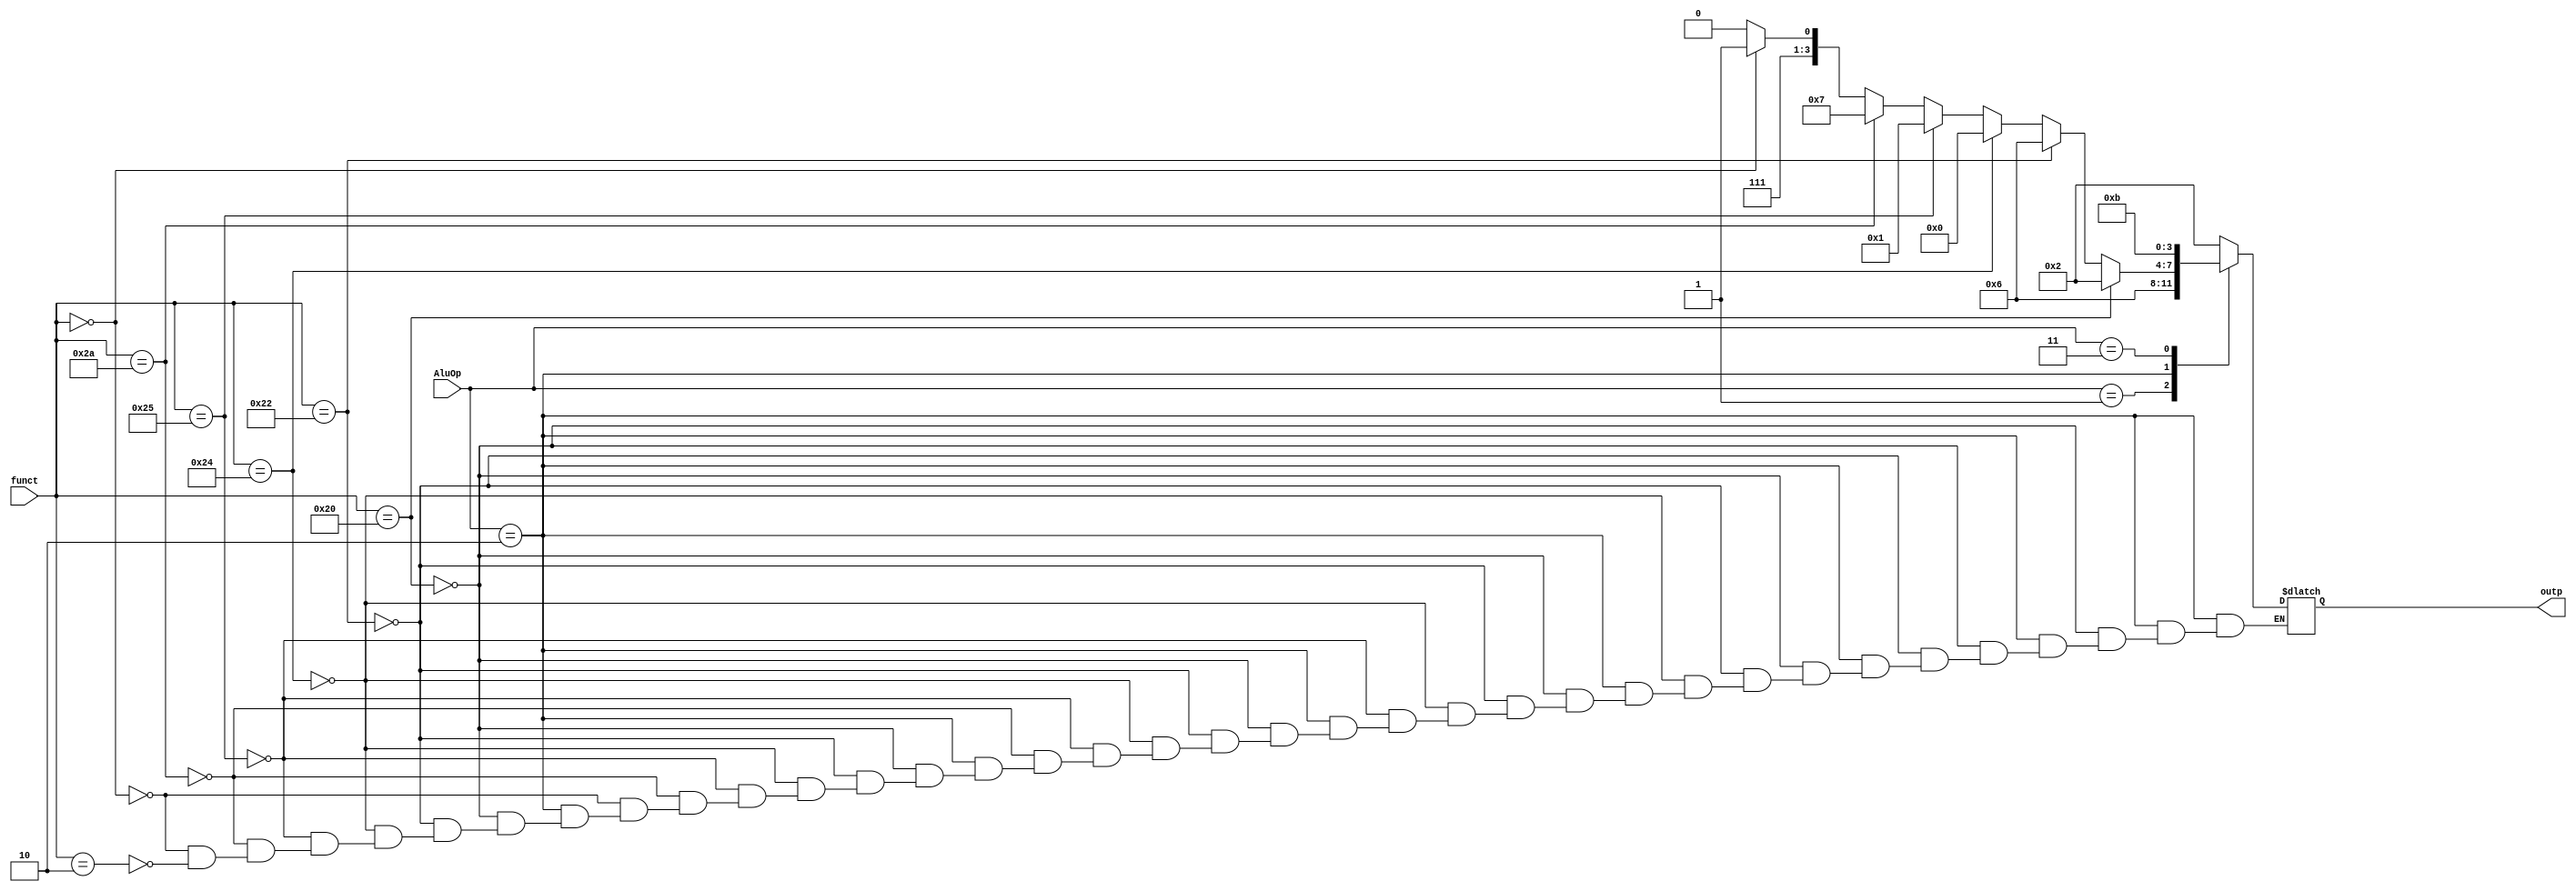
module alu_control(funct, AluOp, outp);
    input [5:0] funct;
    input [1:0] AluOp;
    output [3:0] outp;
    reg [3:0] outp;
    always @(funct or AluOp or outp)
    begin
        case (AluOp)
        2'b00: outp = 4'b0010 ;//Lw, sw
        2'b01: outp = 4'b0110 ;// beq
        2'b10 : if (funct ==  6'b100000) begin // Add
                    outp=4'b0010 ;
                end
            else if ( funct== 6'b100010) begin // Subtract
                    outp=4'b0110 ;
                end
            else if ( funct==6'b100100) begin // And
                    outp=4'b0000;
                end
            else if( funct== 6'b100101) begin // OR
                    outp=4'b0001;
               end
            else  if( funct==6'b101010) begin // SLT
                 outp=4'b0111;  
                end
          else   if( funct==6'b 000000) begin    // Shift left 
                 outp= 4'b 1111;// shift left 
               end
         else if ( funct==6'b 000010) begin // shift right
                outp= 4'b 1110; // shift right
                end
         2'b11: outp = 4'b1011 ;   // bne
               
        default: outp = 0;
        endcase
    end
endmodule